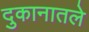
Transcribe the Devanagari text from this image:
दुकानातले